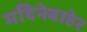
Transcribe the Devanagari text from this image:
मदिनेबाहेर